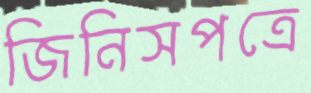
জিনিসপত্রে